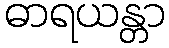
ဓာရယန္တာ